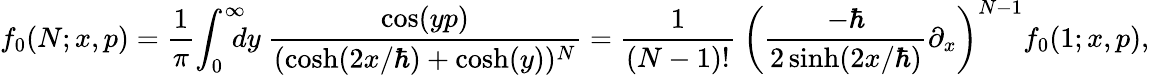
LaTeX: f_{0}(N;x,p)={\frac{1}{\pi}}\! \int_{0}^{\infty}\! \! \! \! dy~{\frac{\cos(yp)}{(\cosh(2x/\hbar)+\cosh(y))^{N}}}={\frac{1}{(N-1)!}}~\left(\frac{-\hbar}{2\sinh(2x/\hbar)}\partial_{x}\right)^{N-1}f_{0}(1;x,p),